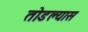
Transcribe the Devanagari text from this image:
तोडल्यास